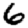
Digit: 6